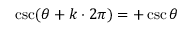
\csc ( \theta + k \cdot 2 \pi ) = + \csc \theta